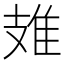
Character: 䧴